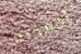
إدموند